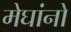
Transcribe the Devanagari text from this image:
मेघांनो